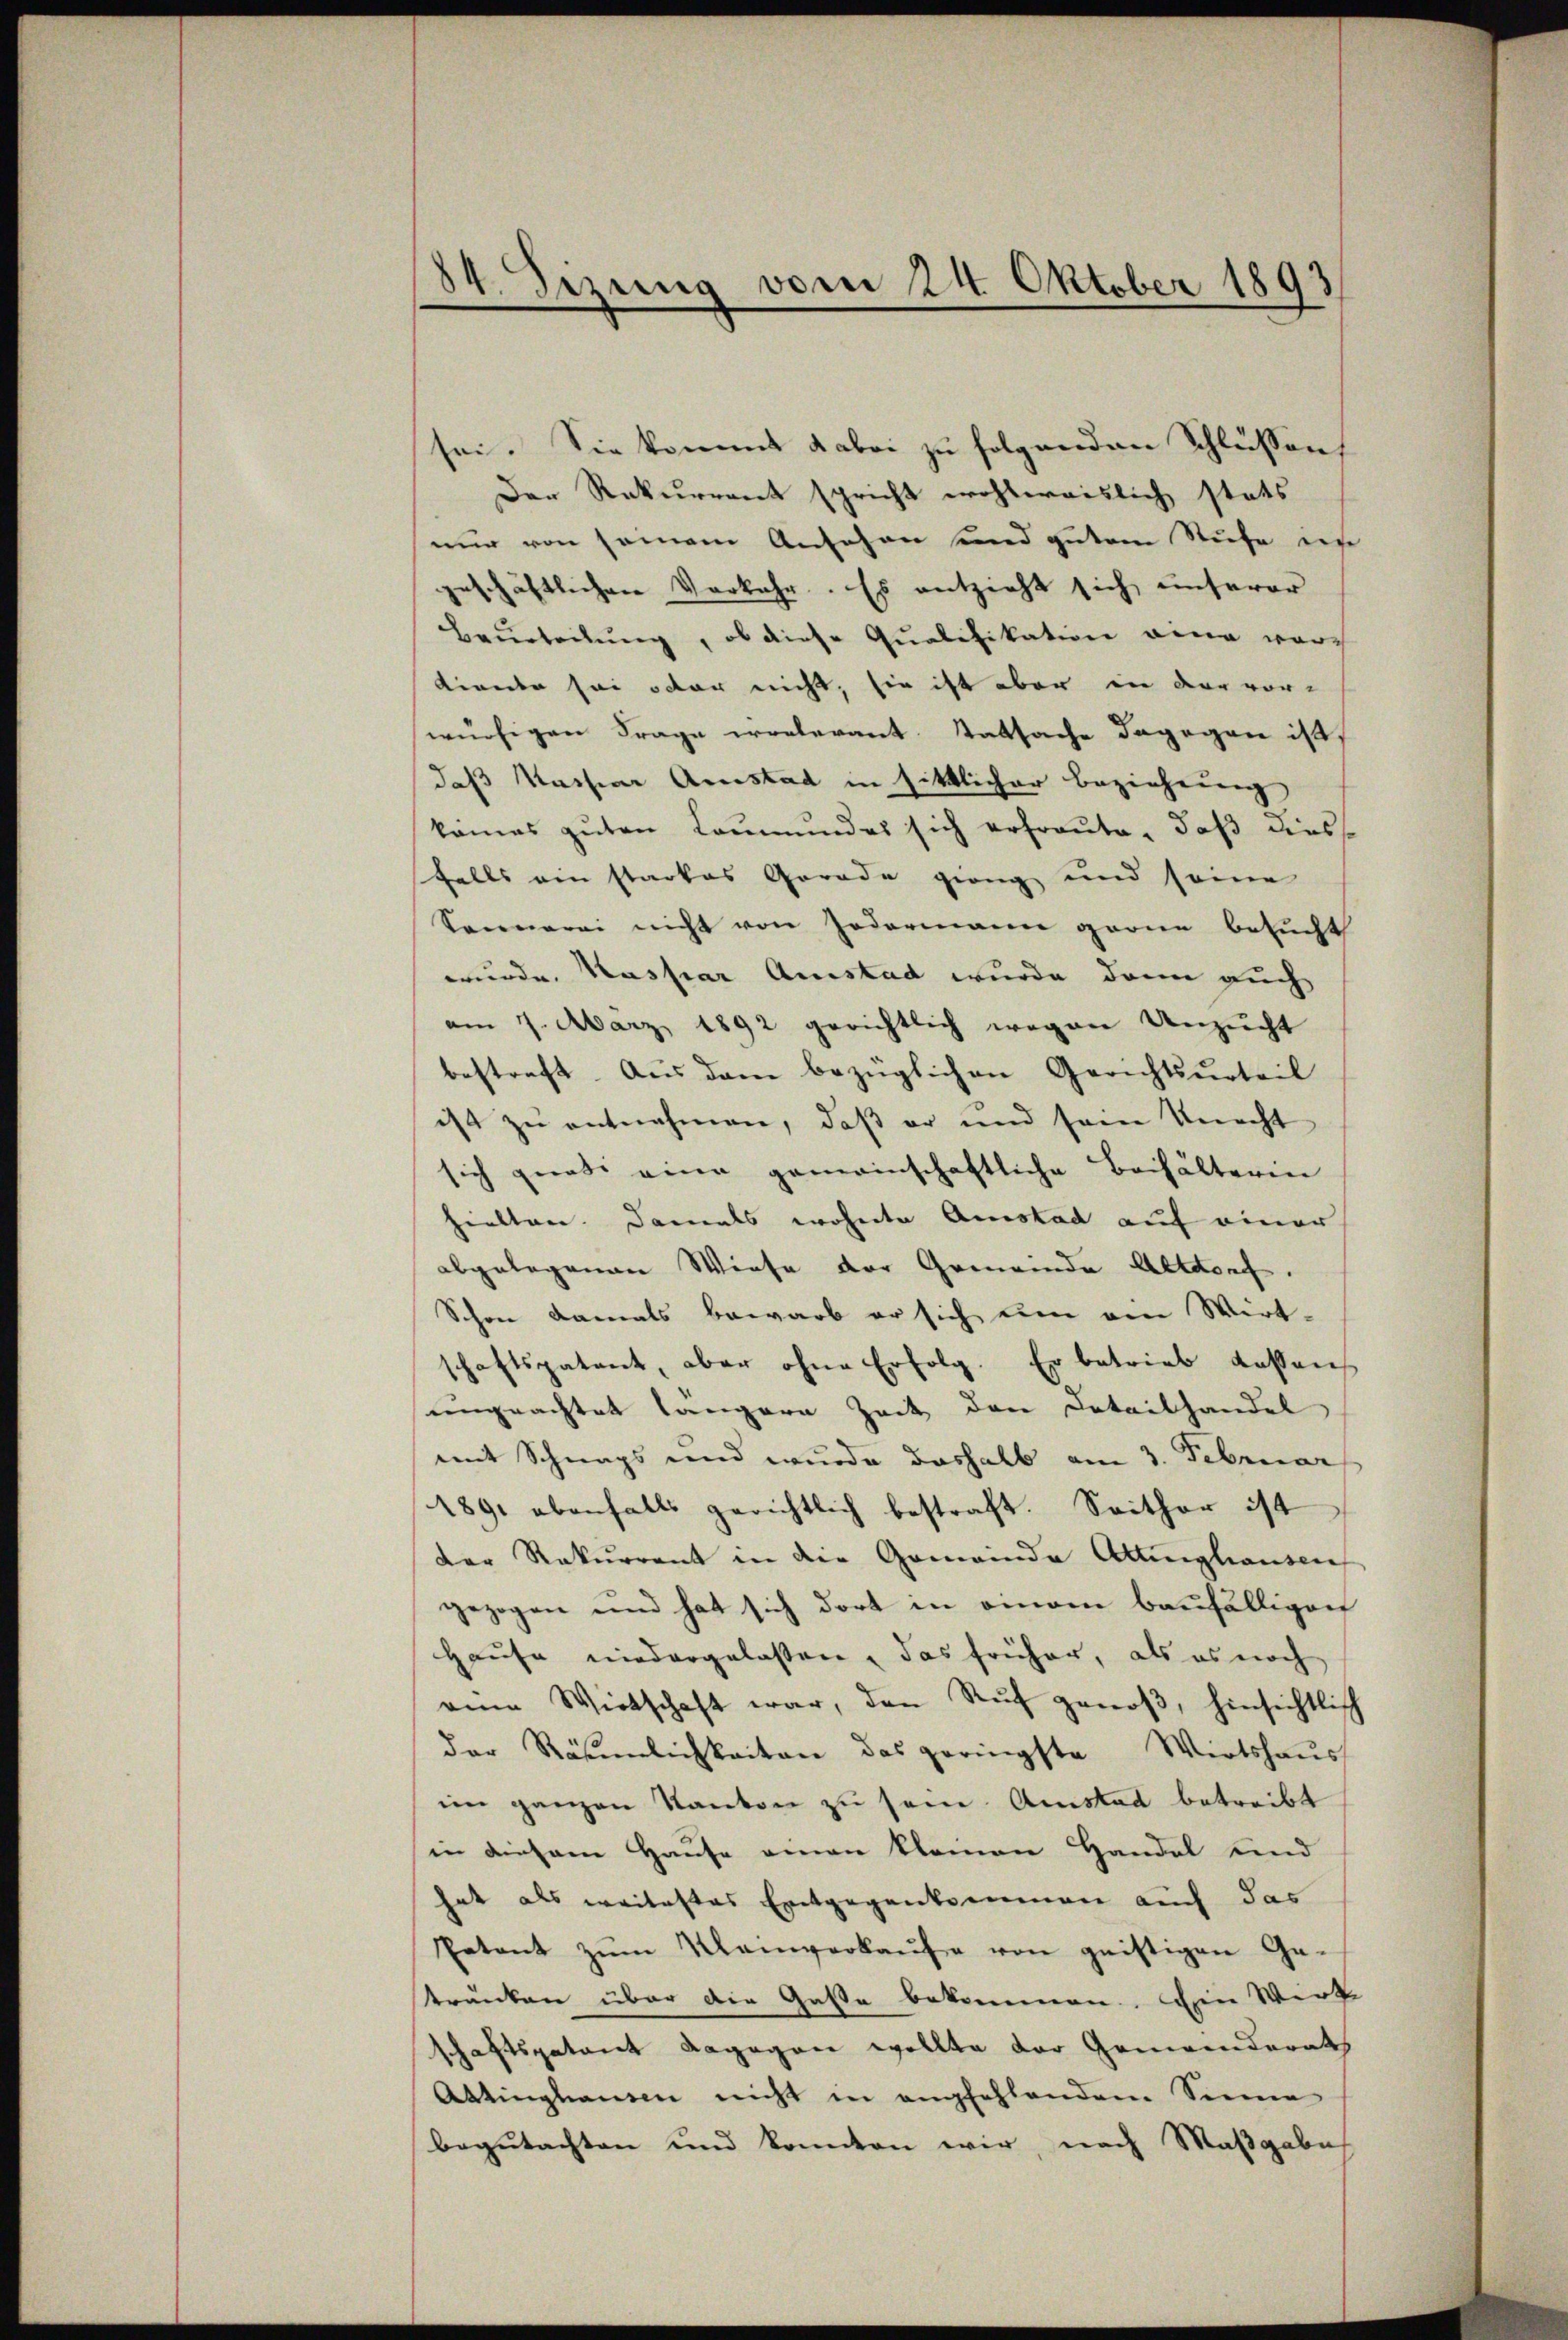
84. Sizung vom 24. Oktober 1893

sei. Sie kommt dabei zu folgenden Schlüssens
Der Rekurrent spricht wohlereislich stats
nur von seinem Ansehen und gutem Stufe ins
geschäftlichen Verkehr. Es entzieht sich unserer
Beurteilung, ob diese Qualifikation eine wurch
Kirede sei oder nicht, sie ist aber in der vor-
würfigen Frage wolerant. Tatsache dagegen ist,
daß Nachar Anstad in sittlicher Beziehung
kames guten Leumundes sich erfreute, daß diess
falls ein starkes Gerade gieng und seine
Sonnerei nicht von Jedermann garne besucht
wurde. Kaspar Austad wurde dann auch
am 7. März 1892 gerichtlich wegen Unzucht
bestraft. Aus dem bezüglichen Gerichtsurteil
ist zu entnehmen, daß er und sein Knecht
sich gnati eine gemeinschaftliche Behälterin
hielten. Damals wohnte Amstad auf einer
abgelegenen Wiese der Gemeinde Altdorf.
Schon damals bewarb er sich um ain Wirt-
schaftspatent, aber ohne Erfolg. Er betrieb dassen
ungeachtet längere Zeit den Detailhandel
mit Schnaps und wurde deshalb am 3. Februar
1891 ebenfalls gerichtlich bestraft. Seither ist
der Rekurrent in die Gemeinde Attinghausen
gezogen und hat sich dort in einem baufälligen
Hause niedergelassen, das früher, als es noch
eine Wirtschaft war, den Ruf genoß, hinsichtlich
der Räumlichkeiten das geringste Wirtshaus
im ganzen Kanton zu sein Amstad betreibt
in diesem Hause einen kleinen Handel und
hat als weitestes Entgegenkommen auch das
Petent zŭm Kleinverkaŭfe von geistigen Ge-
tränken über die Gaste bekommen. Ain Wirk
schaftspatent dagegen wollte der Gemeinderat,
Attinghausen nicht in empfehlendem Sinne
begutachten und konnten wir, nach Maßgabe